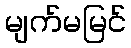
မျက်မမြင်